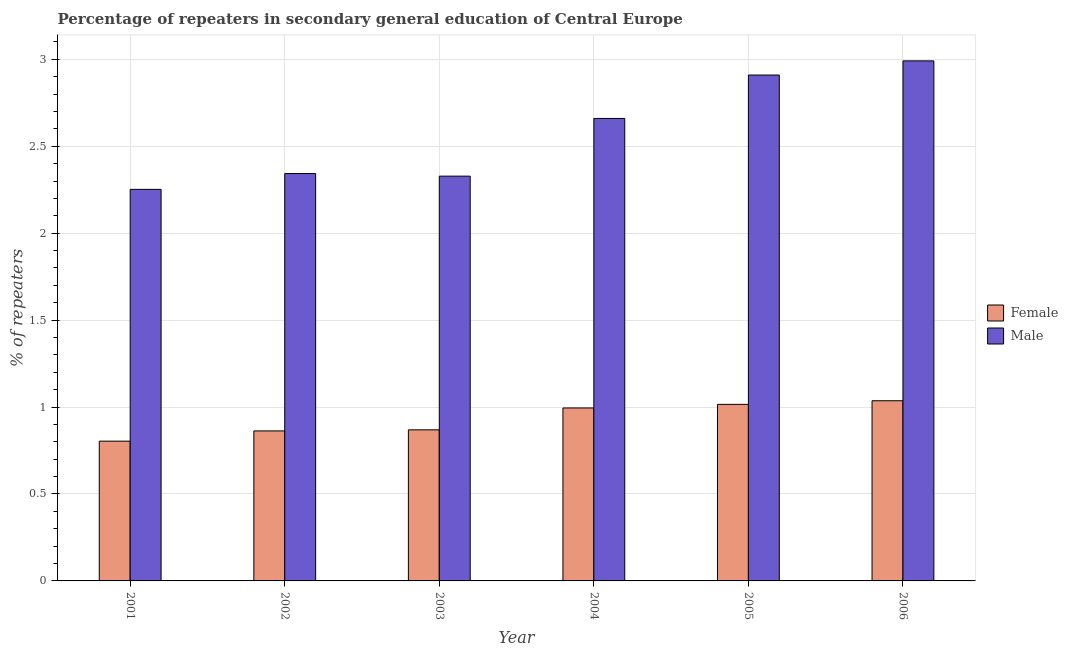
| Year | Female | Male |
 | --- | --- | --- |
 | 2001 | 0.804 | 2.25 |
 | 2002 | 0.863 | 2.34 |
 | 2003 | 0.869 | 2.33 |
 | 2004 | 0.995 | 2.66 |
 | 2005 | 1.02 | 2.91 |
 | 2006 | 1.04 | 2.99 |